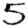
Digit: 5